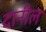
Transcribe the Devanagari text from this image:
दानील